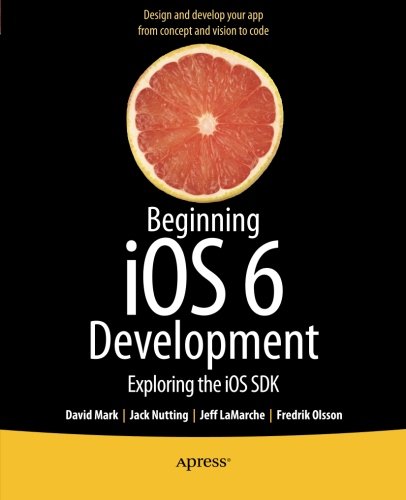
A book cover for Beginning iOS 6 Development: Exploring the iOS SDK; David Mark; Computers & Technology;